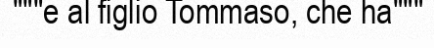
"""e al figlio Tommaso, che ha"""